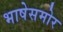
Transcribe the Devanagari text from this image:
भाषेसमोर